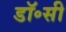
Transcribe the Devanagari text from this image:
डॉ॰सी